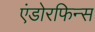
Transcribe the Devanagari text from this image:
एंडोरफिन्स